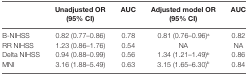
|  | Unadjusted OR (95% CI) | AUC | Adjusted model OR (95% CI) | AUC |
 | --- | --- | --- | --- | --- |
 | B-NIHSS | 0.82 (0.77–0.86) | 0.78 | 0.81 (0.76–0.96)a | 0.82 |
 | RR NIHSS | 1.23 (0.86–1.76) | 0.54 | NA | NA |
 | Delta NIHSS | 0.94 (0.88–0.99) | 0.56 | 1.34 (1.21–1.49)b | 0.86 |
 | MNI | 3.16 (1.88–5.49) | 0.63 | 3.15 (1.65–6.30)b | 0.84 |